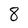
Character: 8